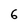
Character: 6